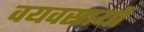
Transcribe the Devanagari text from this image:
वयवसायों